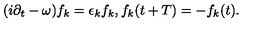
( i \partial _ { t } - \omega ) f _ { k } = \epsilon _ { k } f _ { k } , f _ { k } ( t + T ) = - f _ { k } ( t ) .